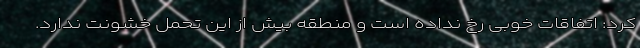
کرد: اتفاقات خوبی رخ نداده است و منطقه بیش از این تحمل خشونت ندارد.